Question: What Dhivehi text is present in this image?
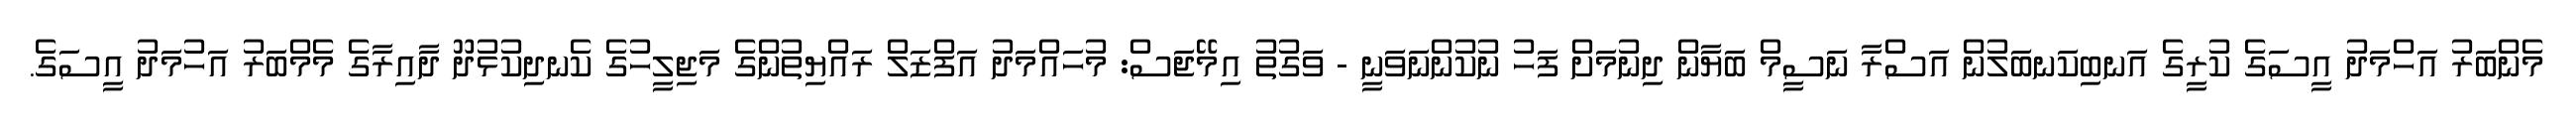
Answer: މެންބަރު އަހްމަދު އީސަގެ ކުރީގެ އަނބިކަނބަލުން އަސްރާ ނަސީމް ބަޔާން ދިނުމަށް ފަހު ނުކުންނަވަނީ - ވަގުތު އިމޭޖަސް: މުހައްމަދު އަފްޒަލް ރައްޔިތުންގެ މަޖިލީހުގެ ކެނދިކުޅުދޫ ދާއިރާގެ މެމްބަރު އަހުމަދު އީސަގެ.